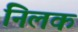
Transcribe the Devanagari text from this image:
निलक